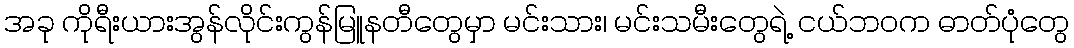
အခု ကိုရီးယားအွန်လိုင်းကွန်မြူနတီတွေမှာ မင်းသား၊ မင်းသမီးတွေရဲ့ ငယ်ဘဝက ဓာတ်ပုံတွေ